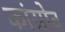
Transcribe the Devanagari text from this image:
कांग्रोव